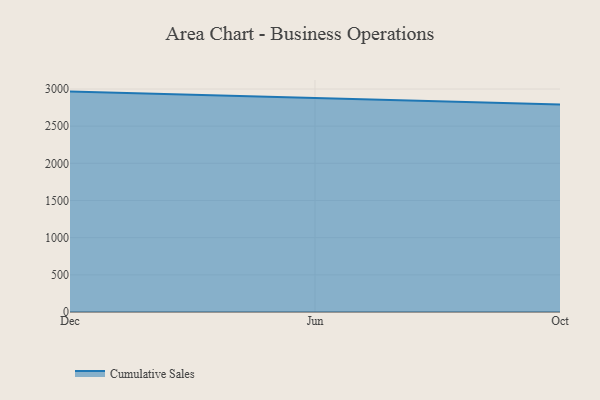
{"axis": {"x": "Month", "y": "Churn Rate (%)"}, "legend": ["Cumulative Sales"], "data": [{"x": "Dec", "y": 2965.4, "type": "Cumulative Sales"}, {"x": "Jun", "y": 2881.4, "type": "Cumulative Sales"}, {"x": "Oct", "y": 2792.2, "type": "Cumulative Sales"}]}